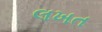
લખત